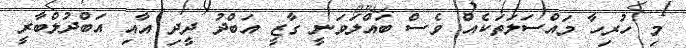
މި ހުރިހާ މައްސަލަތަކެއް ވެސް ބައްލަވަނީ ގާޒީ އަބްދު ދީދި އާއި އަބްދުލްބާރީ